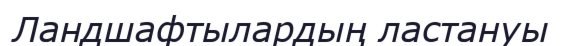
Ландшафтылардың ластануы